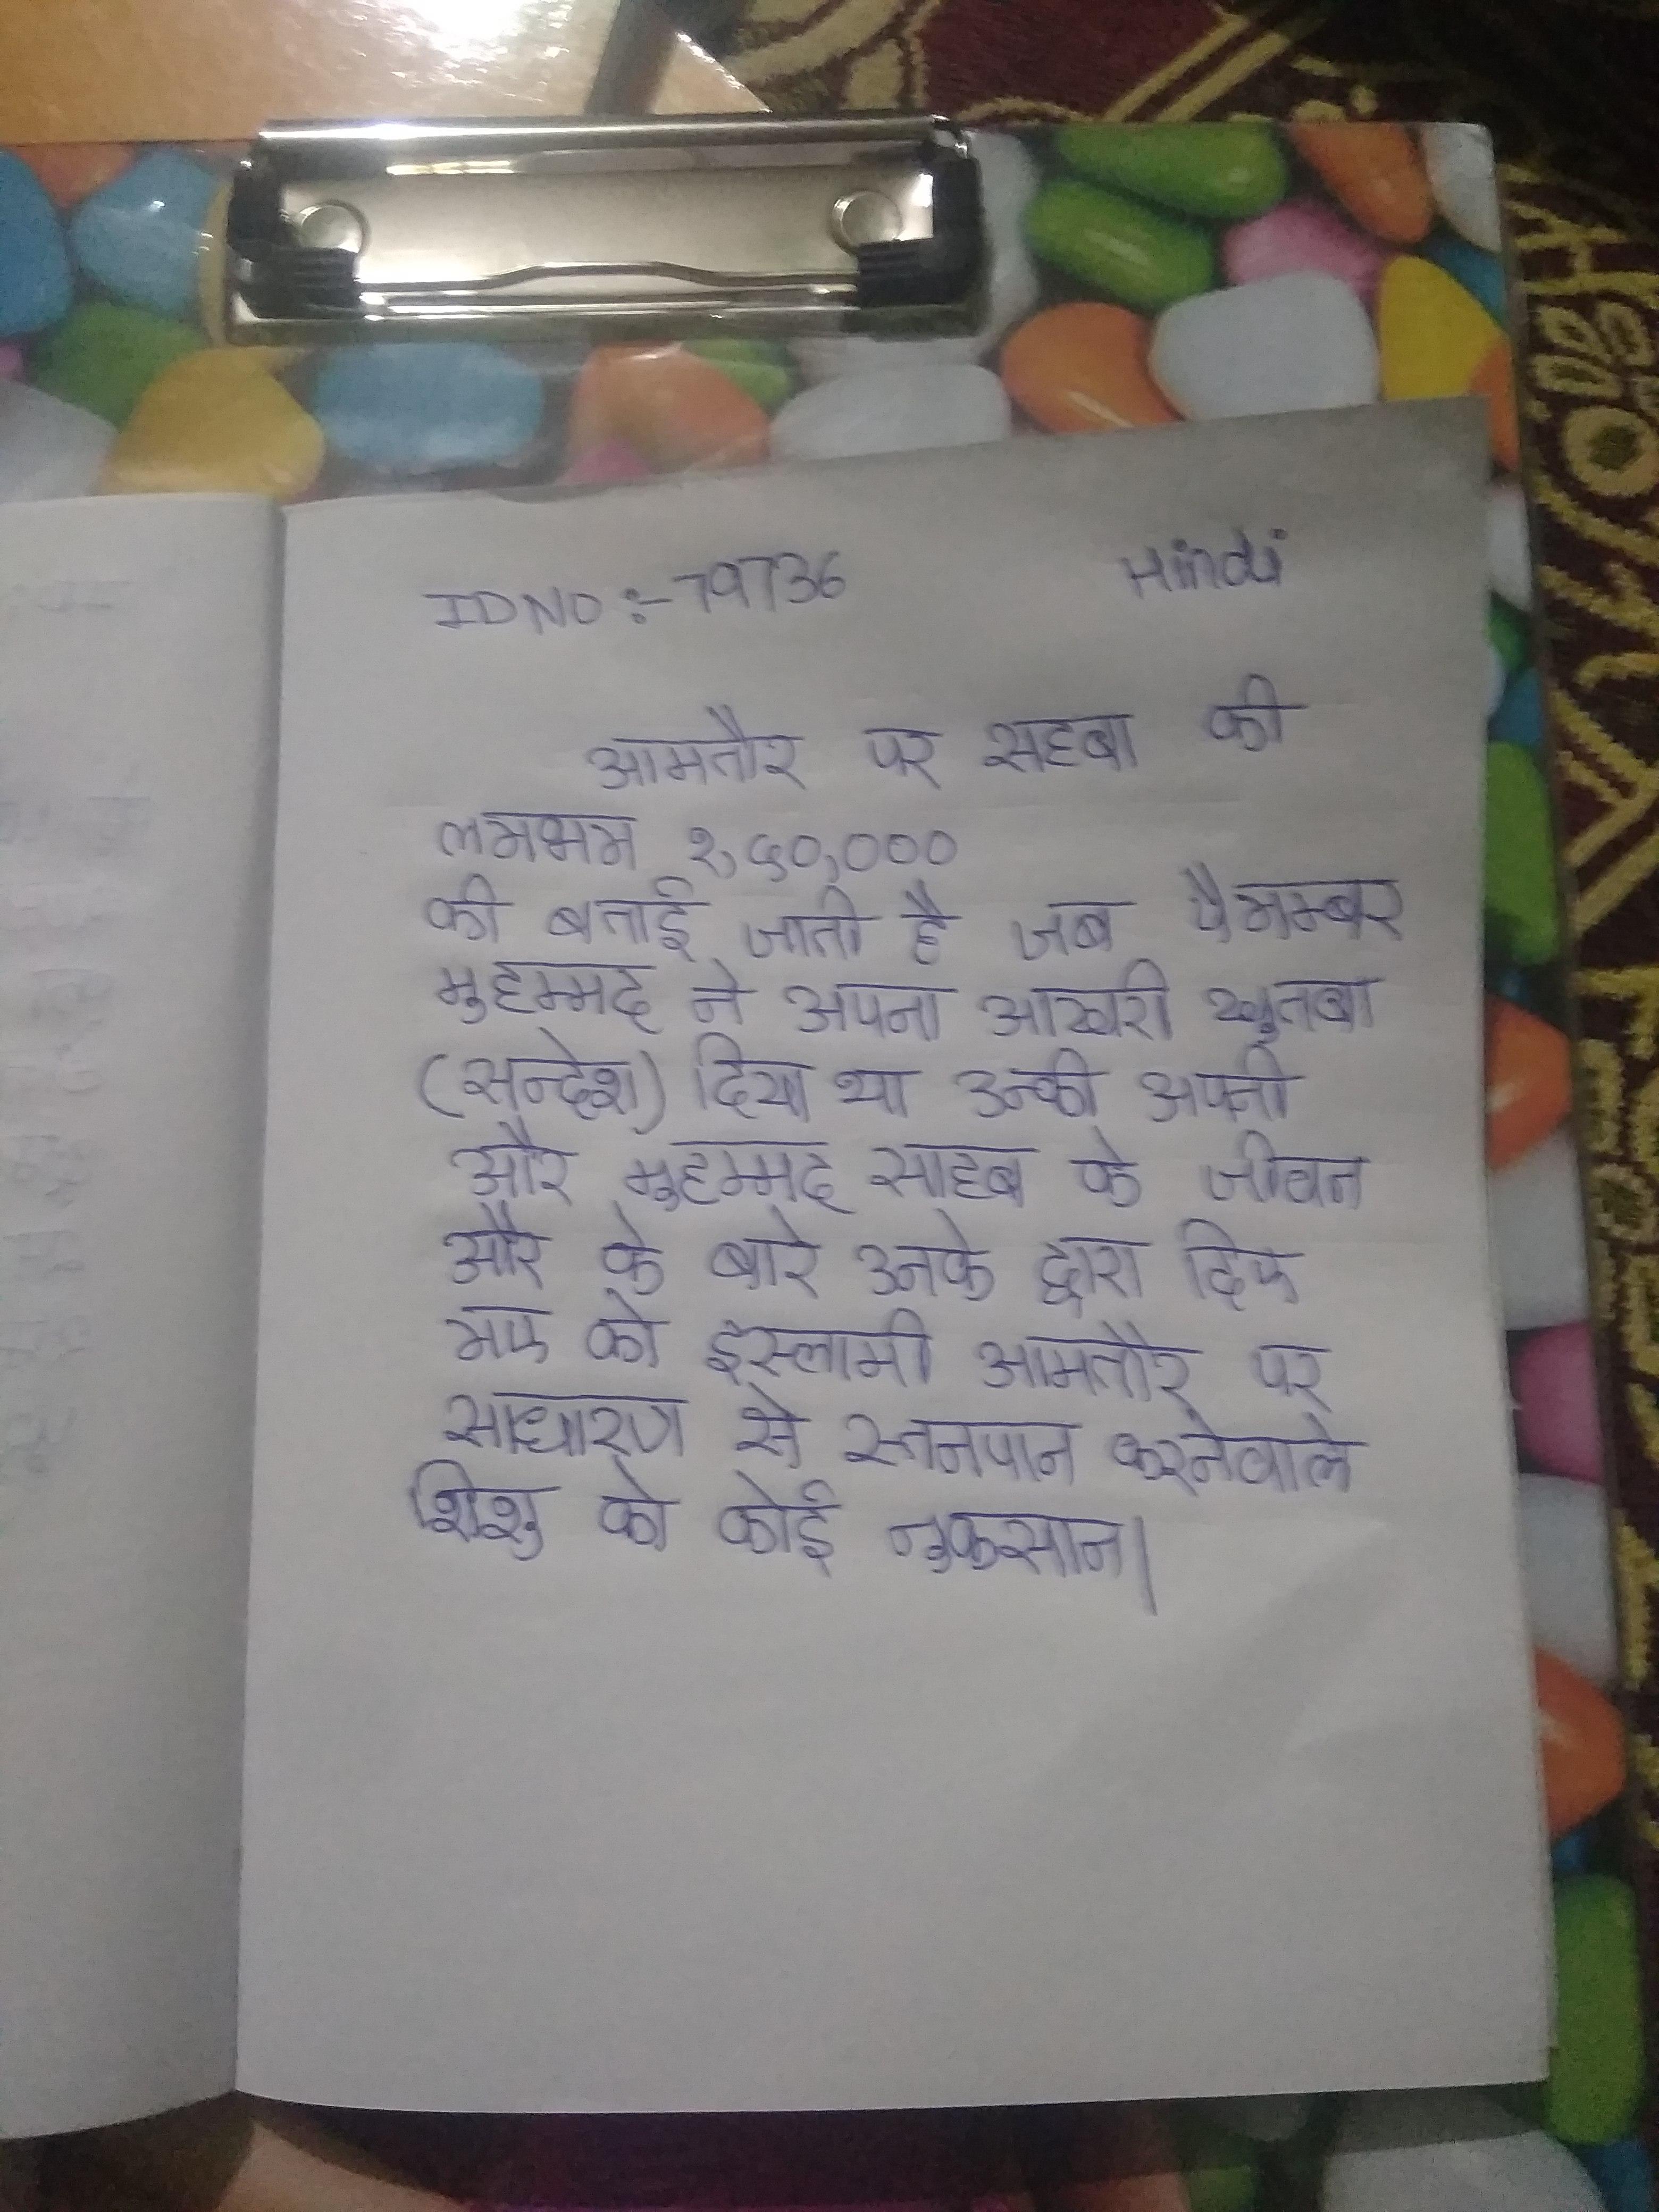
आमतौर पर सहबा की लगभग १,५०,००० की बताई जाती है जब पैगम्बर मुहम्मद ने अपना आखरी खुतबा (सन्देश) दिया था उनकी अपनी और मुहम्मद साहब के जीवन और के बारे उनके द्वारा दिए गए को इस्लामी आमतौर पर साधारण से स्तनपान करनेवाले शिशु को कोई नुकसान ।